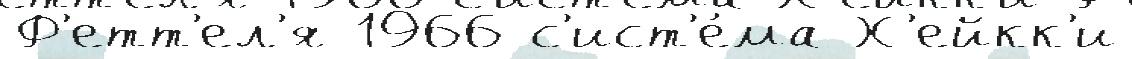
Ф'етт'ел'я 1966 с'ист'е́ма Х'ейкк'и